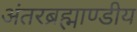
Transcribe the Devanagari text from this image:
अंतरब्रह्माण्डीय